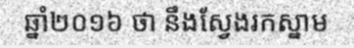
ឆ្នាំ២០១៦ ថា នឹងស្វែងរកស្នាម